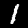
Digit: 1